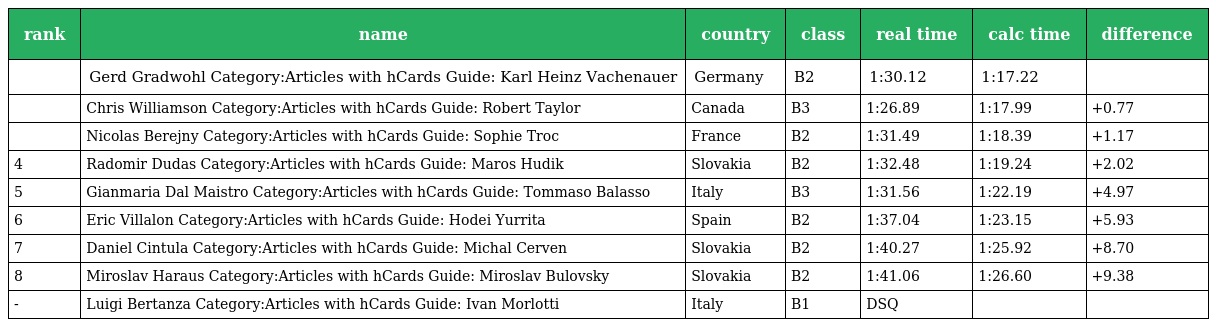
| rank | name | country | class | real time | calc time | difference |
 | --- | --- | --- | --- | --- | --- | --- |
 |  | Gerd Gradwohl Category:Articles with hCards Guide: Karl Heinz Vachenauer | Germany | B2 | 1:30.12 | 1:17.22 |  |
 |  | Chris Williamson Category:Articles with hCards Guide: Robert Taylor | Canada | B3 | 1:26.89 | 1:17.99 | +0.77 |
 |  | Nicolas Berejny Category:Articles with hCards Guide: Sophie Troc | France | B2 | 1:31.49 | 1:18.39 | +1.17 |
 | 4 | Radomir Dudas Category:Articles with hCards Guide: Maros Hudik | Slovakia | B2 | 1:32.48 | 1:19.24 | +2.02 |
 | 5 | Gianmaria Dal Maistro Category:Articles with hCards Guide: Tommaso Balasso | Italy | B3 | 1:31.56 | 1:22.19 | +4.97 |
 | 6 | Eric Villalon Category:Articles with hCards Guide: Hodei Yurrita | Spain | B2 | 1:37.04 | 1:23.15 | +5.93 |
 | 7 | Daniel Cintula Category:Articles with hCards Guide: Michal Cerven | Slovakia | B2 | 1:40.27 | 1:25.92 | +8.70 |
 | 8 | Miroslav Haraus Category:Articles with hCards Guide: Miroslav Bulovsky | Slovakia | B2 | 1:41.06 | 1:26.60 | +9.38 |
 | - | Luigi Bertanza Category:Articles with hCards Guide: Ivan Morlotti | Italy | B1 | DSQ |  |  |